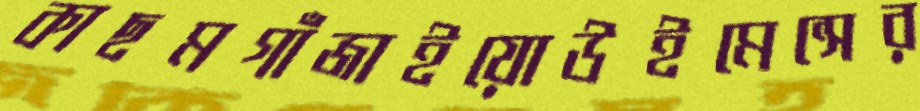
কাছমগাঁজাইয়োউইমেন্সের